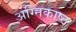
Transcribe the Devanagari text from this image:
अग्निकाष्ठ